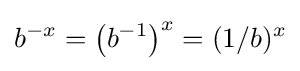
b^{-x}=\left(b^{-1}\right)^{x}=(1/b)^{x}